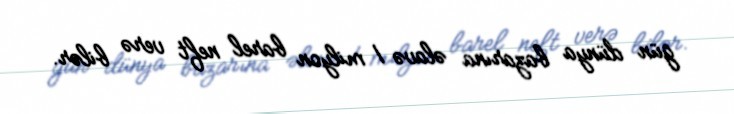
gün dünya bazarına əlavə 1 milyon barel neft verə bilər.